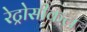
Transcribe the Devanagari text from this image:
रेट्रोसीकल